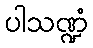
ပါသဏ္ဍံ